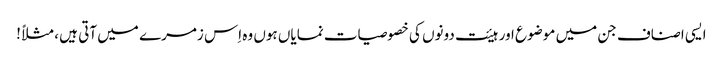
ایسی اصناف جن میں موضوع اور ہیئت دونوں کی خصوصیات نمایاں ہوں وہ اِس زمرے میں آتی ہیں ، مثلاً !